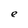
Character: e